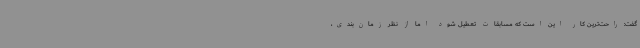
گفت: راحت‌ترین کار این است که مسابقات تعطیل شود اما از نظر زمان‌بندی،